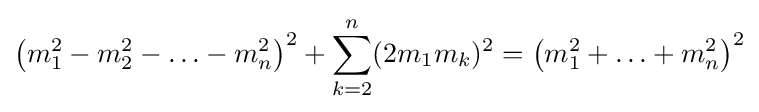
\left(m_{1}^{2}-m_{2}^{2}-\ldots -m_{n}^{2}\right)^{2}+\sum _{k=2}^{n}(2m_{1}m_{k})^{2}=\left(m_{1}^{2}+\ldots +m_{n}^{2}\right)^{2}